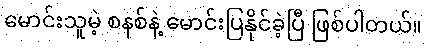
မောင်းသူမဲ့ စနစ်နဲ့ မောင်းပြနိုင်ခဲ့ပြီ ဖြစ်ပါတယ်။